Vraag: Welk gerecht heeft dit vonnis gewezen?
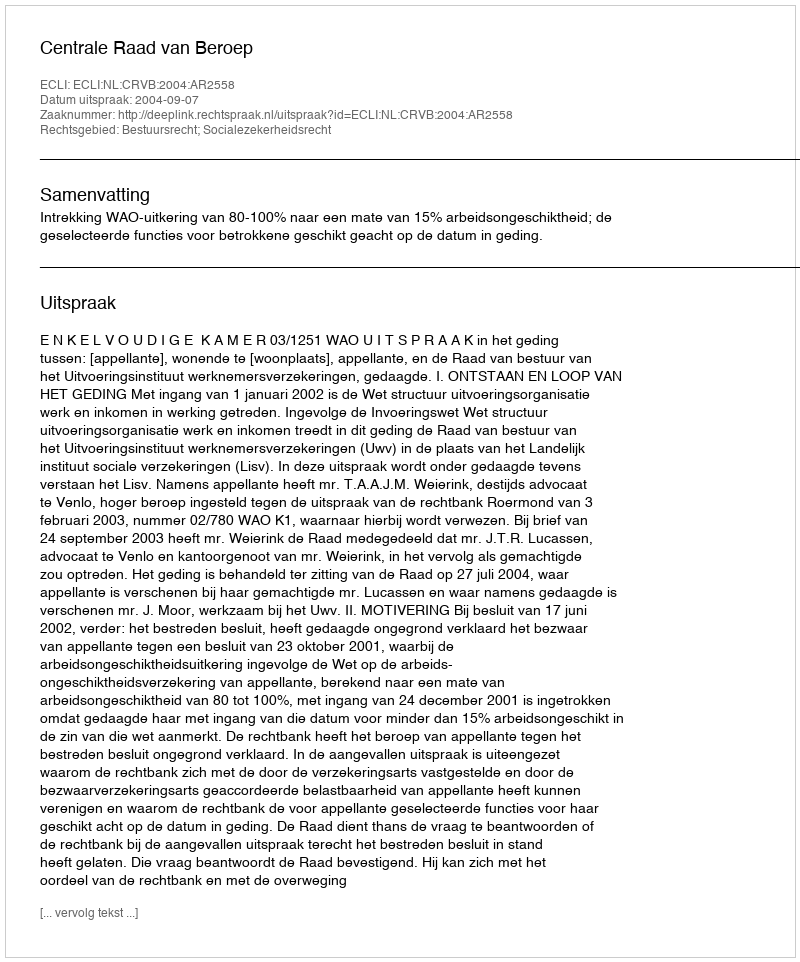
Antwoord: Centrale Raad van Beroep